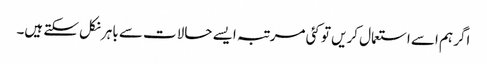
اگر ہم اسے استعمال کریں تو کئی مرتبہ ایسے حالات سے باہر نکل سکتے ہیں۔